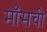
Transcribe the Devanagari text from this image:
माँसची